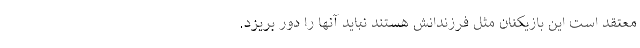
معتقد است این بازیکنان مثل فرزندانش هستند نباید آنها را دور بریزد.